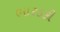
ભારડકી